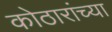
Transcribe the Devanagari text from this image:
कोठारांच्या